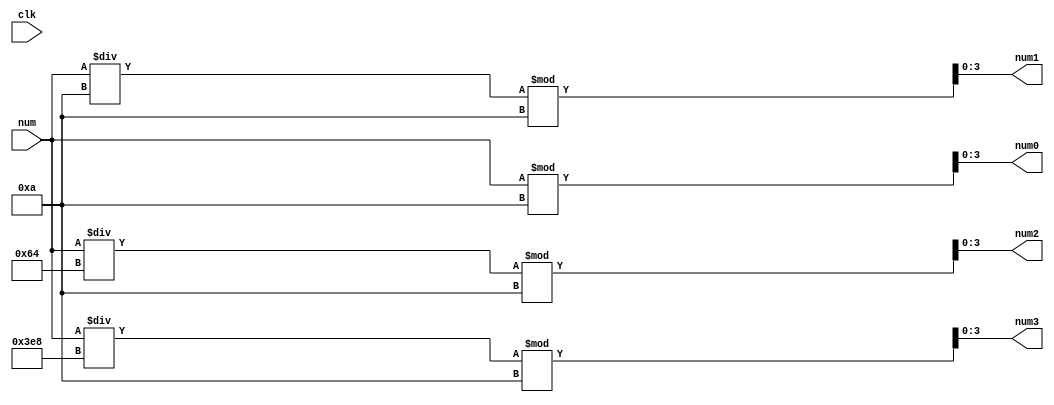
module saidas(num, num0, num1, num2, num3, clk);
	
	input clk;
	input [14:0] num;
	output [3:0] num0, num1, num2, num3;	
	
	//cada num e um digito especifico do numero
	assign num0 = num % 10;
	assign num1 = (num / 10) % 10;
	assign num2 = (num / 100) % 10;
	assign num3 = (num / 1000) % 10;
	
endmodule